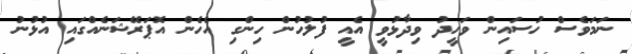
ނަމަވެސް ހުސައިން ވަހީދު ވިދާޅުވީ އެއީ ފުލުހުން ހިންގި އެހެން އޮޕަރޭޝަނެއްގައި އުޅުނު